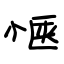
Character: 惬